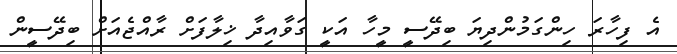
އެ ފިހާރަ ހިންގަމުންދިޔަ ބިދޭސީ މީހާ އަކީ ގަވާއިދާ ޚިލާފަށް ރާއްޖެއަށް ބިދޭސީން